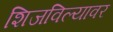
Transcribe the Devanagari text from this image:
शिजविल्यावर